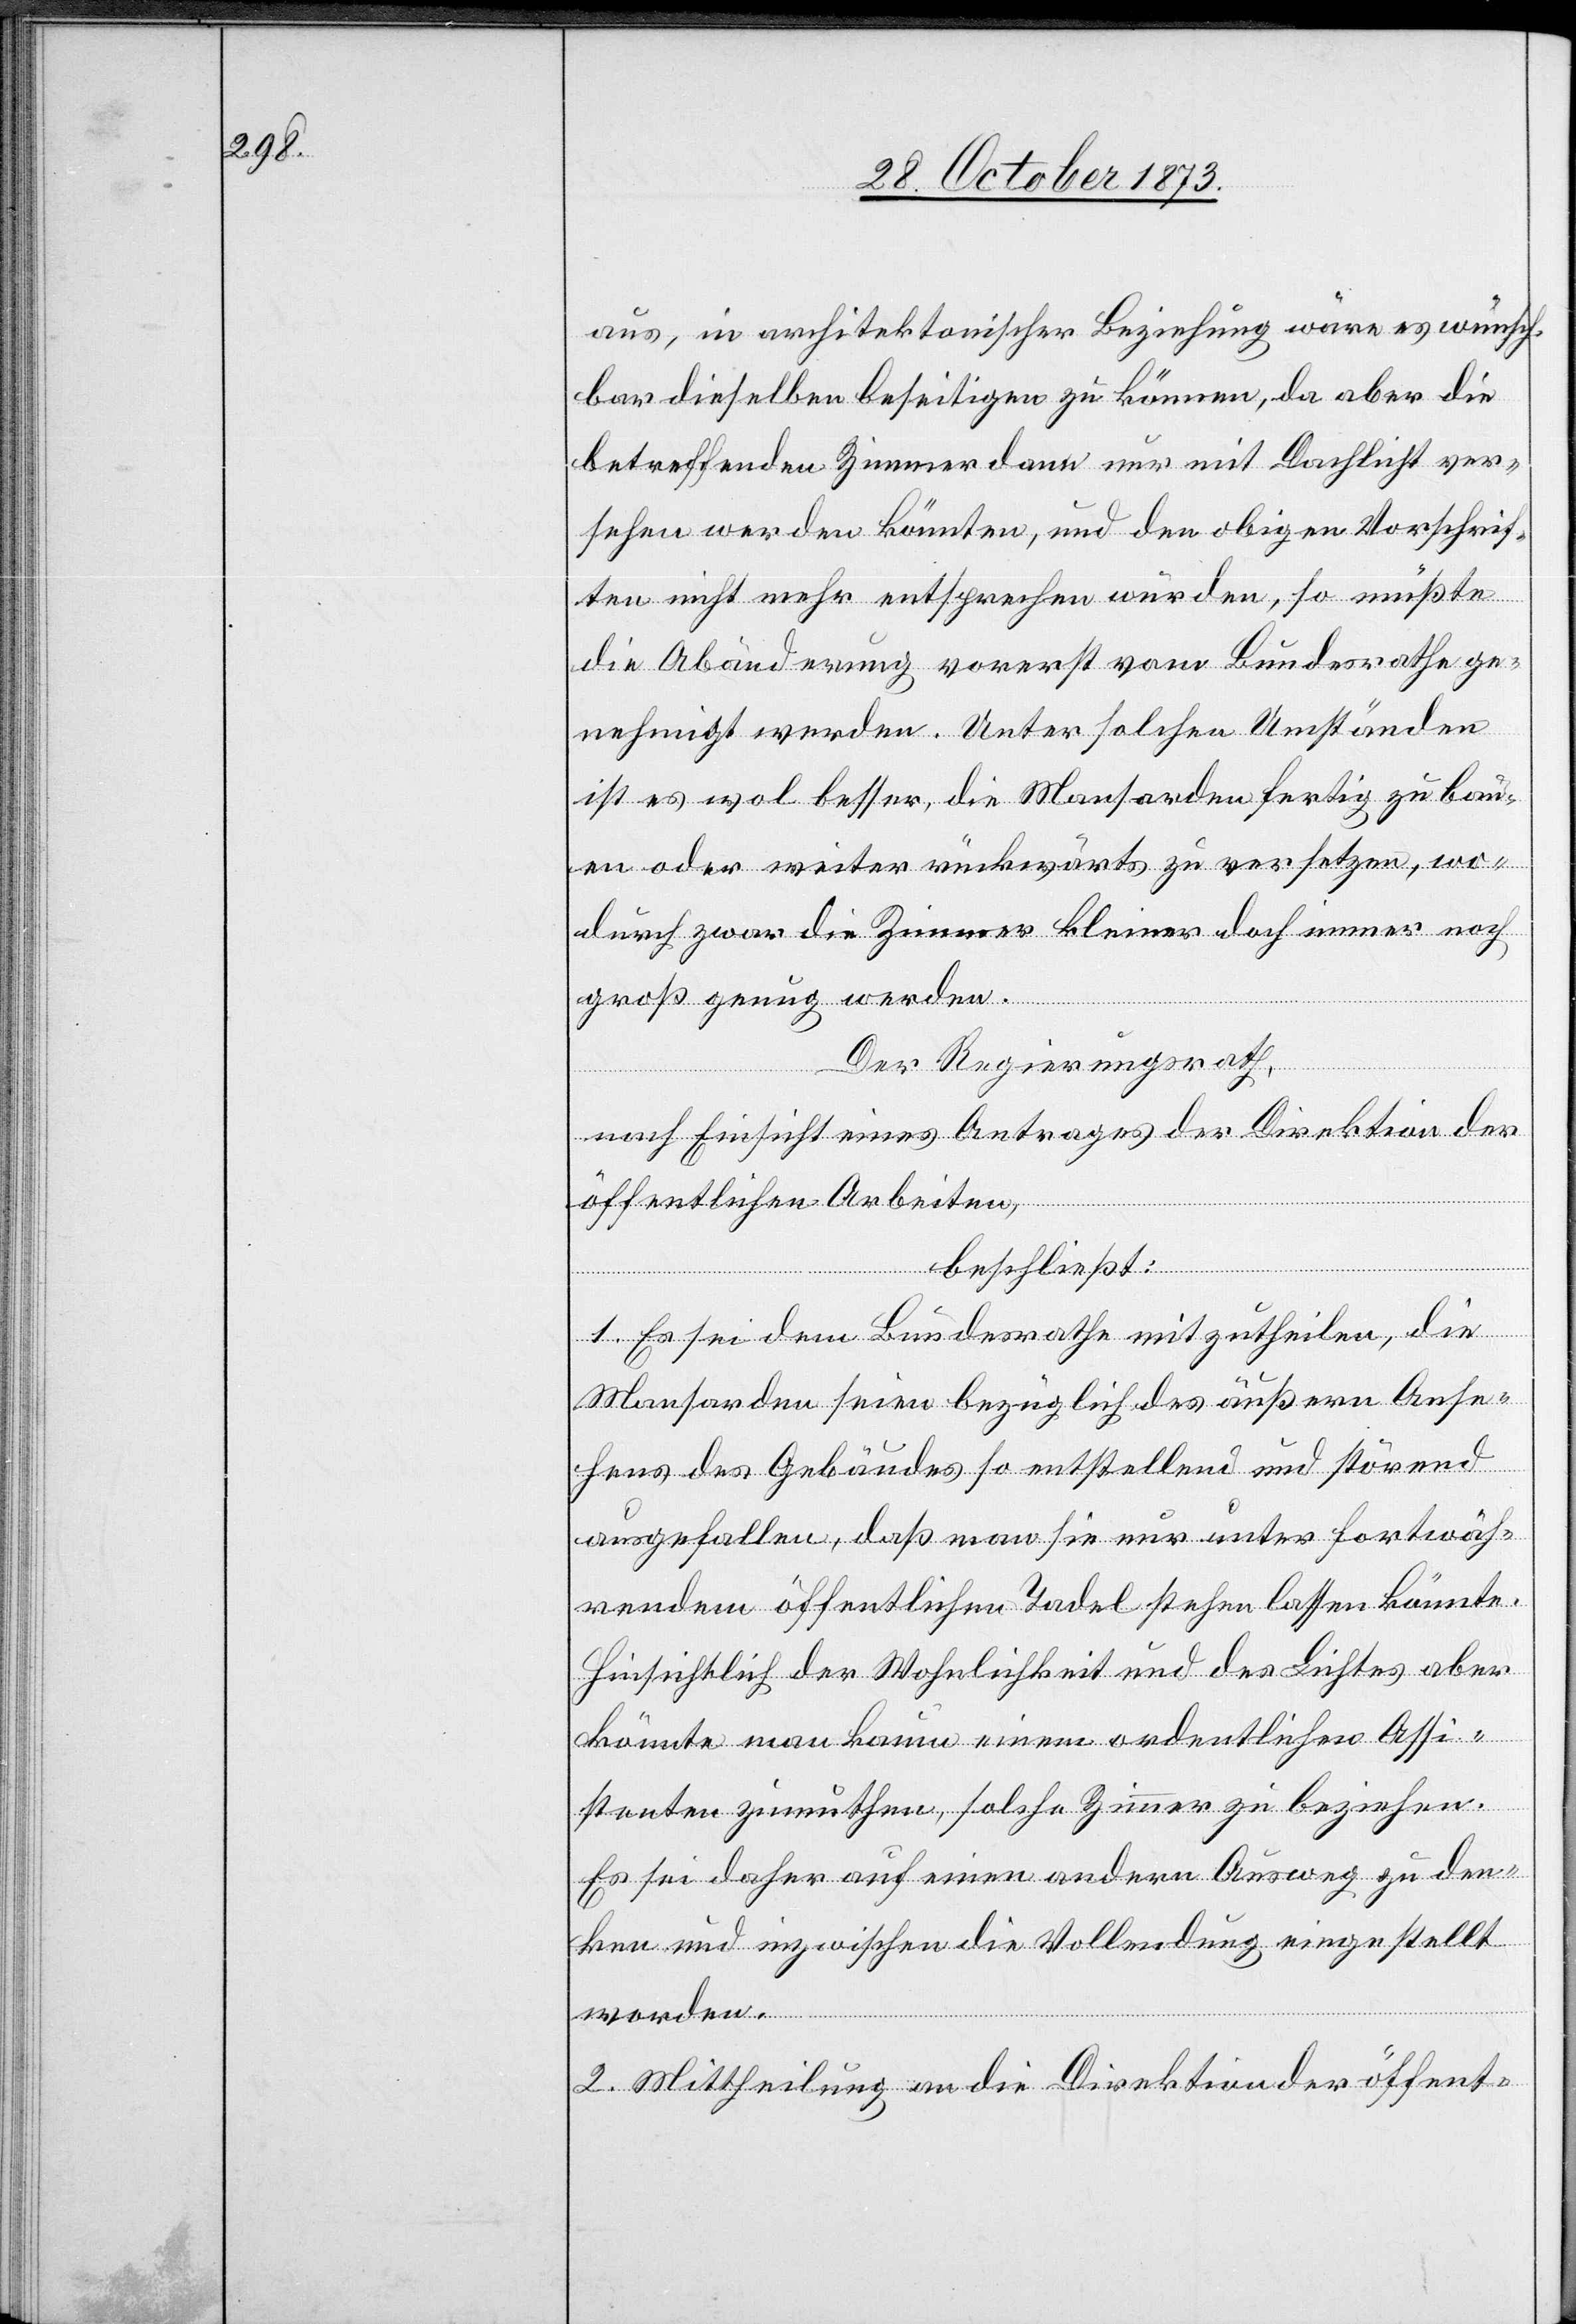
aus, in architektonischer Beziehung wäre es wünsch¬
bar dieselben beseitigen zu können, da aber die
betreffenden Zimmer dann nur mit Dachlicht ver¬
sehen werden könnten, und den obigen Vorschrif¬
ten nicht mehr entsprechen würden, so müßte
die Abänderung vorerst vom Bundesrathe ge¬
nehmigt werden. Unter solchen Umständen
ist es wol besser, die Mansarden fertig zu bau¬
en oder weiter rückwärts zu versetzen, wo¬
durch zwar die Zimmer kleiner doch immer noch
groß genug werden.
Der Regierungsrath,
nach Einsicht eines Antrages der Direktion der
öffentlichen Arbeiten,
beschließt:
1. Es sei dem Bundesrathe mitzutheilen, die
Mansarden seien bezüglich des äußern Anse¬
hens des Gebäudes so entstellend und störend
ausgefallen, daß man sie nur unter fortwäh¬
rendem öffentlichen Tadel stehen lassen könnte.
Hinsichtlich der Wohnlichkeit und des Lichtes aber
könnte man kaum einem ordentlichen Assi¬
stenten zumuthen, solche Zimmer zu beziehen.
Es sei daher auf einen andern Ausweg zu den¬
ken und inzwischen die Vollendung eingestellt
worden.
2. Mittheilung an die Direktion der öffent-